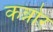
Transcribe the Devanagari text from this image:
कन्नोर